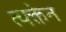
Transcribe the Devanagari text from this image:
त्यक्तेन